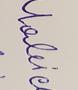
Signature authenticity: forged